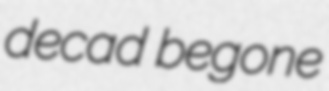
decad begone